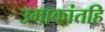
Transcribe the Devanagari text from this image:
उमाकांतहि